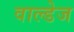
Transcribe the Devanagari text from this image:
वाल्डेज